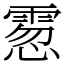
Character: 䨚